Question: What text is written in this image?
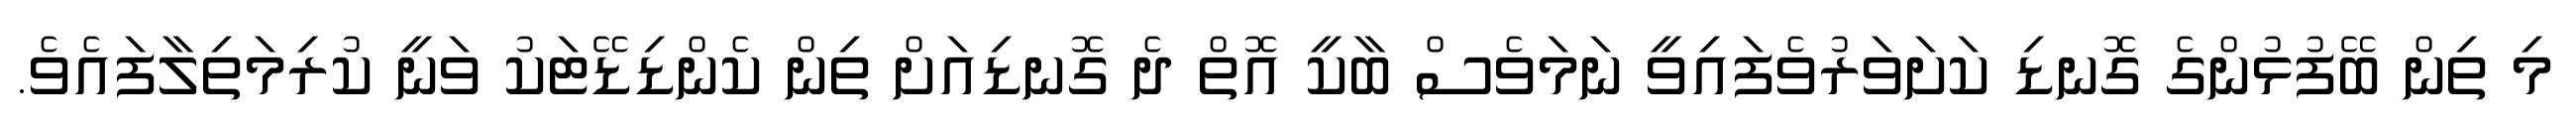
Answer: މި ތިން ބޭފުޅުންގެ ގޮނޑި ކަށަވަރުވެފައިވީ ނަމަވެސް ބާކީ އޮތް ދެ ގޮނޑިއަށް ތިން ކެންޑިޑޭޓަކު ވަނީ ކުރިމަތިލާފައެވެ.